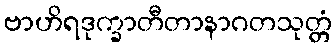
ဗာဟိရဒုက္ခာတီတာနာဂတသုတ္တံ